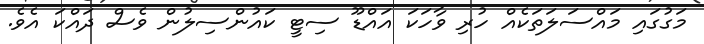
މަގުގައި މައްސަލަތަކެއް ހުރި ވާހަކަ އައްޑޫ ސިޓީ ކައުންސިލުން ވެސް ދައްކަ އެވެ.